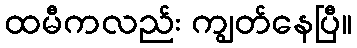
ထမီကလည်း ကျွတ်နေပြီ။